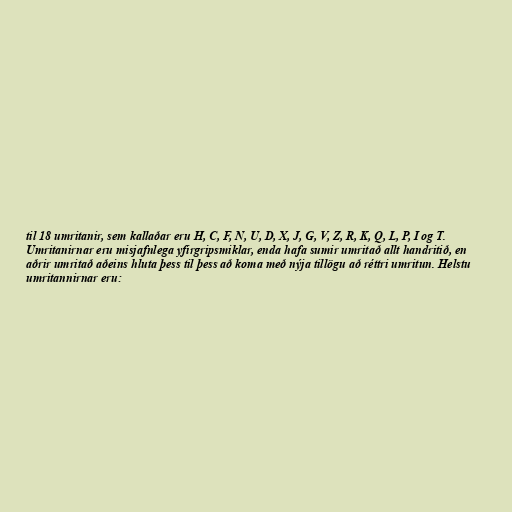
til 18 umritanir, sem kallaðar eru H, C, F, N, U, D, X, J, G, V, Z, R, K, Q, L, P, I og T.
Umritanirnar eru misjafnlega yfirgripsmiklar, enda hafa sumir umritað allt handritið, en
aðrir umritað aðeins hluta þess til þess að koma með nýja tillögu að réttri umritun. Helstu
umritannirnar eru: